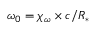
\omega _ { 0 } = \chi _ { \omega } \times c / R _ { * }